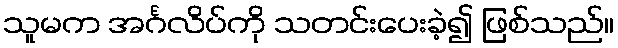
သူမက အင်္ဂလိပ်ကို သတင်းပေးခဲ့၍ ဖြစ်သည်။